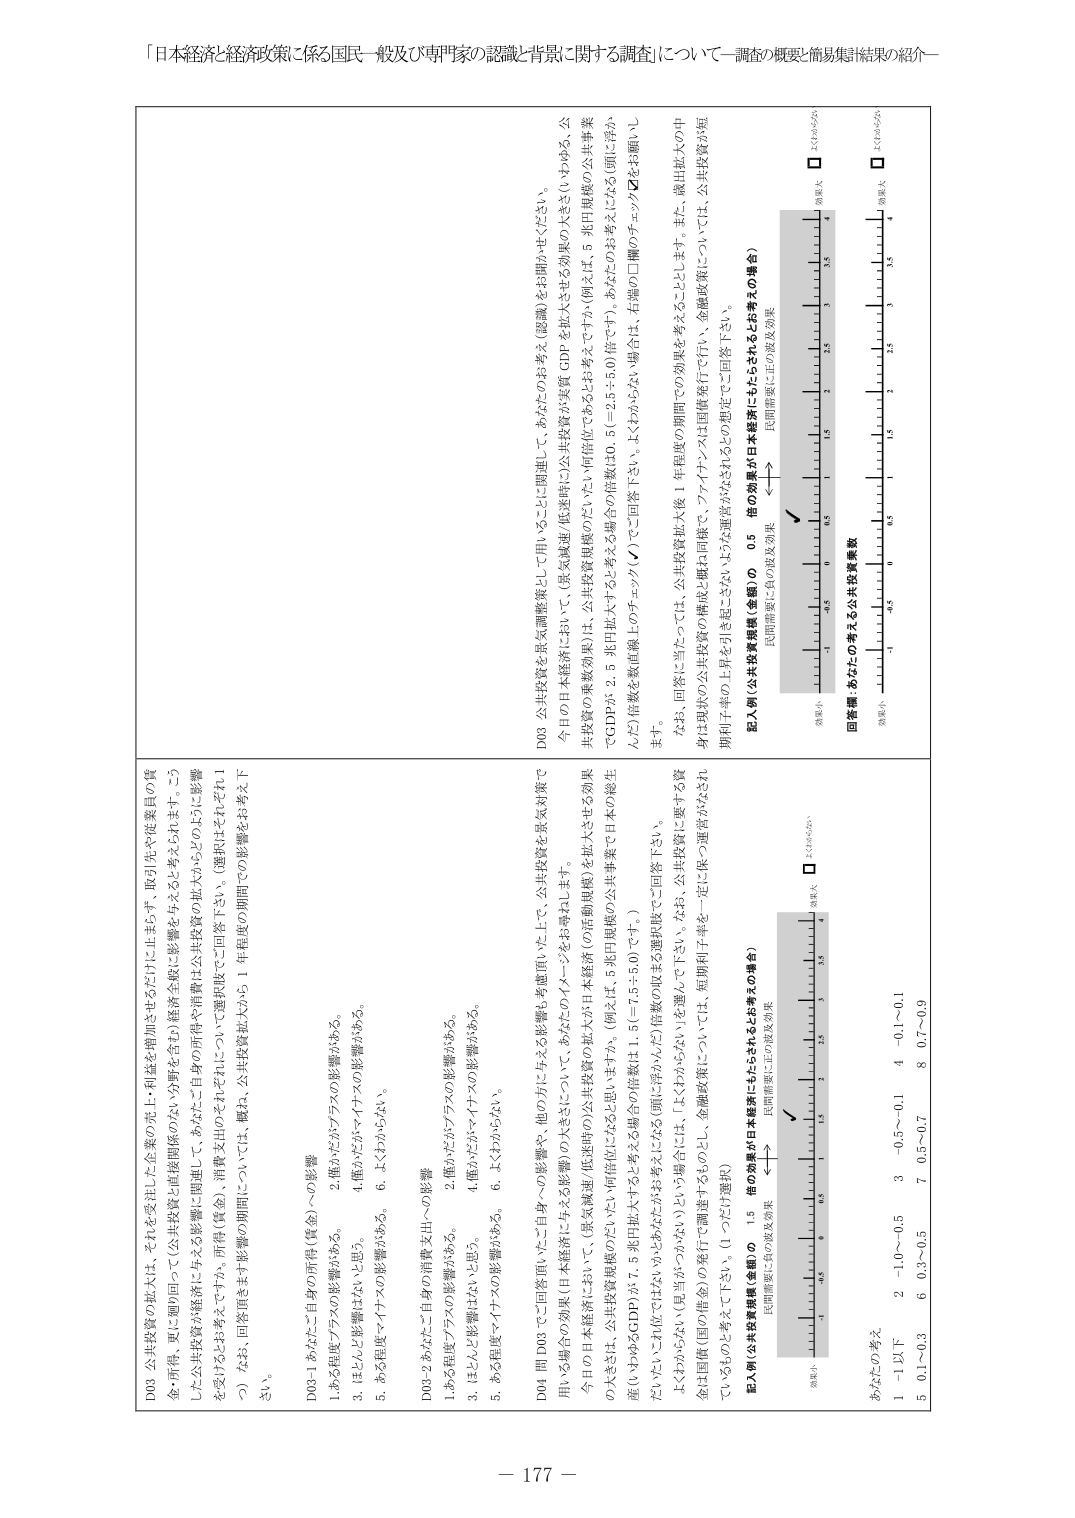
「日本経済と経済政策に係る国民一般及び専門家の認識・背景に関する調査」について－調査の概要と簡易集計結果の紹介－

D03 公共投資の拡大は、それを受託した企業の売上・利益を増加させるだけに止まらず、取引先や従業員の賃金・所得、更に周囲に回って（公共投資と直接関係のない分野を含む）経済全般に影響を与えると考えられます。こうした公共投資が経済に与える影響に関連して、あなたご自身の所得や消費支出の拡大からどのように影響を受けたとお考えですか。所得（賃金）、消費支出については、選択肢でご回答下さい。（選択肢はそれぞれ1つ）なお、回答項目ます影響の期間については、概ね、公共投資拡大から1年程度の期間での影響をお考え下さい。

D03-1 あなたご自身の所得（賃金）への影響
1. ある程度プラスの影響がある。
2. 僅かだがプラスの影響がある。
3. ほとんど影響はないと思う。
4. 僅かだがマイナスの影響がある。
5. ある程度マイナスの影響がある。
6. よくわからない。

D03-2 あなたご自身の消費支出への影響
1. ある程度プラスの影響がある。
2. 僅かだがプラスの影響がある。
3. ほとんど影響はないと思う。
4. 僅かだがマイナスの影響がある。
5. ある程度マイナスの影響がある。
6. よくわからない。

D04 問 D03 でご回答頂いたご自身への影響や、他の方に対する影響も考慮頂いた上で、公共投資を景気対策で用いる場合の効果（日本経済に与える影響）の大きさについて、あなたのイメージをお尋ねします。
今日の日本経済において、（景気減速/低迷時の公共投資の拡大が日本経済（の活動規模）を拡大させる効果の大きさは、公共投資規模のどれだけに相当しているとお考えですか。（例えば、公共投資規模の公共事業産（いわゆるGDP）が1.5兆円拡大すると考えると場合の倍数は1.5（＝7.5÷5.0）です。）
だいぶにご定位ではないかとお考えになる場合（特に浮かんだ倍数が回答欄に記載されていない場合）は、「よくわからない」という場合に、短期利子率を一定に保つ運営がなされていない国債（国の借金）についての関連するもの、金融政策については、金融政策について、（1つだけ選択）
① どちらかというと見当がつかない
② どちらかというと見当がつかない

記入例（公共投資規模（金額）の 1.5 倍の効果が日本経済に与えられるとお考えの場合）
民間需要に負の波及効果 ←→ 民間需要に正の波及効果
効果小 □ 0 □ 0.5 □ 1 □ 1.5 □ 2 □ 2.5 □ 3 □ 3.5 □ 4 効果大
√

あなたの考え
1 ー1以下
2 ー1.0～ー0.5
3 ー0.5～ー0.1
4 ー0.1～0.1
5 0.1～0.3
6 0.3～0.5
7 0.5～0.7
8 0.7～0.9

記入例（公共投資規模（金額）の 0.5 倍の効果が日本経済に与えられるとお考えの場合）
民間需要に負の波及効果 ←→ 民間需要に正の波及効果
効果小 □ 0 □ 0.5 □ 1 □ 1.5 □ 2 □ 2.5 □ 3 □ 3.5 □ 4 効果大
√

回答欄 あなたのお考えによる公共投資乗数
効果小 □ 0 □ 0.5 □ 1 □ 1.5 □ 2 □ 2.5 □ 3 □ 3.5 □ 4 効果大
□ は「わからない」

D03 公共投資を景気調整策として用いることに関して、あなたの考え（認識）をお聞かせください。
今日の日本経済において、（景気減速/低迷時）公共投資が実質 GDP を拡大させる効果の大きさ（いわゆる、公共投資の乗数効果）は、公共投資規模のどれだけに相当していると考えてよいか（例えば、5 兆円規模の公共事業で GDP が 2.5 兆円拡大すると考える場合の倍数は0.5（＝2.5÷5.0）倍です）。あなたの考えにあたる（例に浮かんだ）倍数を数値直線上のチェック（✓）でご回答下さい。右端の□欄のチェック☑をお願いします。
なお、回答に当たっては、公共投資拡大後1年程度の期間での効果を考えることとします。また、歳出拡大の中期的・現実の公共投資の構造と既に同様に、ファイナンスは国債発行で行い、金融政策については、公共投資が短期利子率の上昇を引き起こさないような運営がなされるものと仮定でご回答下さい。

－ 177 －